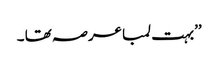
’’بہت لمبا عرصہ تھا ۔